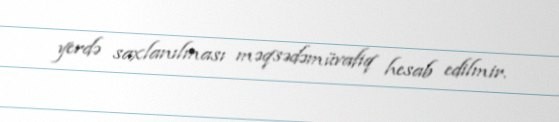
yerdə saxlanılması məqsədəmüvafiq hesab edilmir.